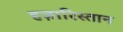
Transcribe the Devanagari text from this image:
हज़ारिस्तान